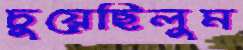
চুয়েছিলুম